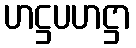
ဟဋ္ဌပဟဋ္ဌာ